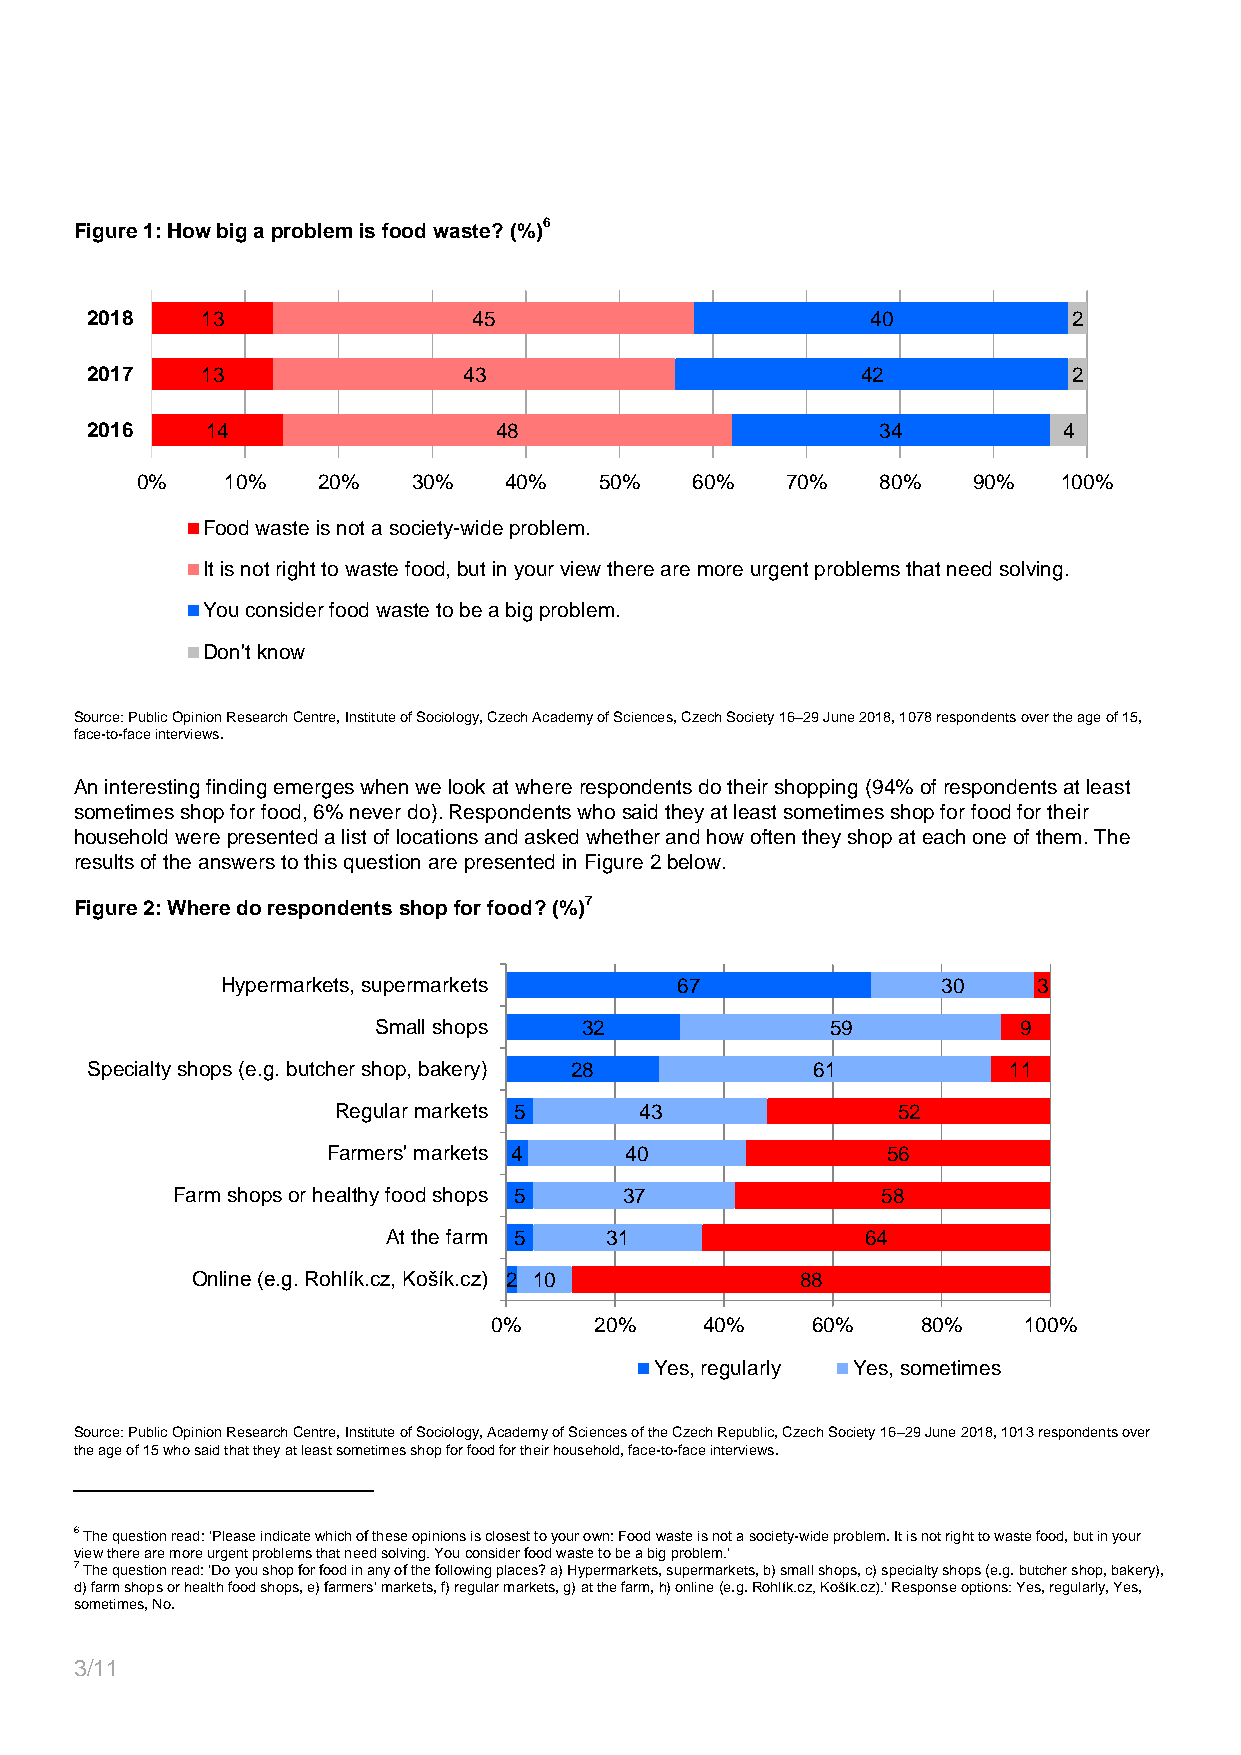
Figure 1: How big a problem is food waste? (%)6
 2018   13                45                         40           2
 2017   13                43                        42            2
 2016    14                 48                       34          4
 0%    10%   20%   30%   40%    50%   60%   70%   80%   90%   100%
 Food waste is not a society-wide problem.
 It is not right to waste food, but in your view there are more urgent problems that need solving.
 You consider food waste to be a big problem.
 Don't know
 Source: Public Opinion Research Centre, Institute of Sociology, Czech Academy of Sciences, Czech Society 16–29 June 2018, 1078 respondents over the age of 15,
 face-to-face interviews.
 An interesting finding emerges when we look at where respondents do their shopping (94% of respondents at least
 sometimes shop for food, 6% never do). Respondents who said they at least sometimes shop for food for their
 household were presented a list of locations and asked whether and how often they shop at each one of them. The
 results of the answers to this question are presented in Figure 2 below.
 Figure 2: Where do respondents shop for food? (%)7
 Hypermarkets, supermarkets    67               30     3
 Small shops   32              59           9
 Specialty shops (e.g. butcher shop, bakery) 28  61           11
 Regular markets 5   43               52
 Farmers' markets 4 40                56
 Farm shops or healthy food shops 5 37          58
 At the farm 5 31               64
 Online (e.g. Rohlík.cz, Košík.cz) 2 10  88
 0%    20%     40%    60%    80%    100%
 Yes, regularly Yes, sometimes
 Source: Public Opinion Research Centre, Institute of Sociology, Academy of Sciences of the Czech Republic, Czech Society 16–29 June 2018, 1013 respondents over
 the age of 15 who said that they at least sometimes shop for food for their household, face-to-face interviews.
 6 The question read: ‘Please indicate which of these opinions is closest to your own: Food waste is not a society-wide problem. It is not right to waste food, but in your
 view there are more urgent problems that need solving. You consider food waste to be a big problem.’
 7 The question read: ‘Do you shop for food in any of the following places? a) Hypermarkets, supermarkets, b) small shops, c) specialty shops (e.g. butcher shop, bakery),
 d) farm shops or health food shops, e) farmers’ markets, f) regular markets, g) at the farm, h) online (e.g. Rohlík.cz, Košík.cz).’ Response options: Yes, regularly, Yes,
 sometimes, No.
 3/11